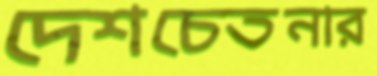
দেশচেতনার